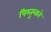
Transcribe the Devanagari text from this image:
पिस्तुलाने